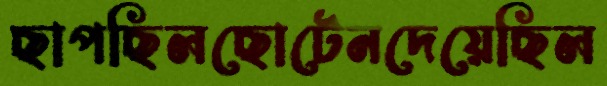
ছাপছিলছোটেনদেয়েছিল